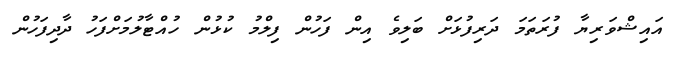
އައިޝްވަރިޔާ ފުރަތަމަ ދަރިފުޅަށް ބަލިވެ އިން ފަހުން ފިލްމު ކުޅުން ހުއްޓާލުމަށްފަހު ދާދިފަހުން